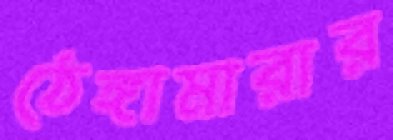
ঠেঙ্গামারার